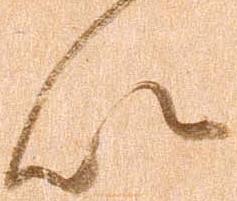
以